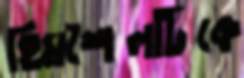
হিমশৈলটিকে